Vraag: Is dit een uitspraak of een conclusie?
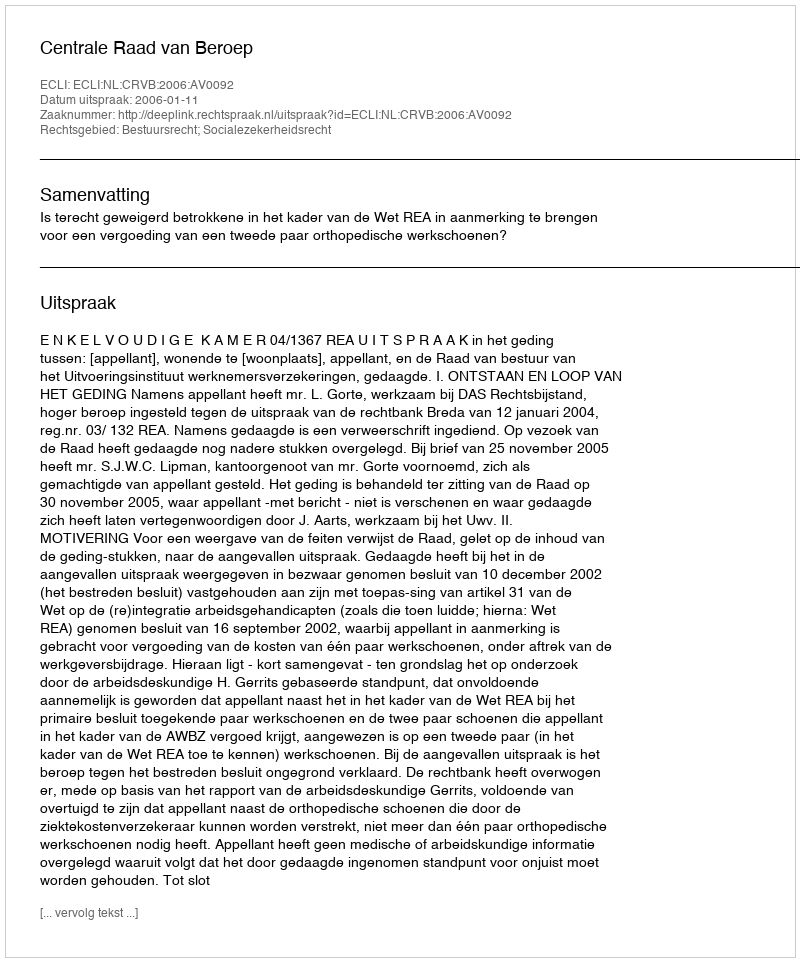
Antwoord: Uitspraak